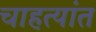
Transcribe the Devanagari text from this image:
चाहत्यांत